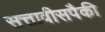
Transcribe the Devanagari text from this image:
सत्तावीसपैकी